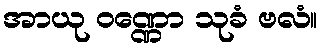
အာယု ဝဏ္ဏော သုခံ ဗလံ။